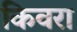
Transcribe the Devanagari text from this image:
किवरा